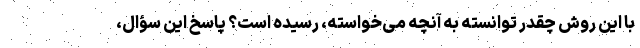
با این روش چقدر توانسته به آنچه می‌خواسته، رسیده است؟ پاسخ این سؤال،